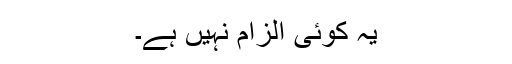
یہ کوئی الزام نہیں ہے۔